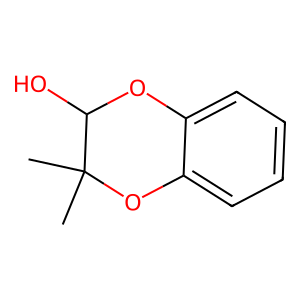
SMILES: CC1(C)Oc2ccccc2OC1O
Inhibits HIV replication: No